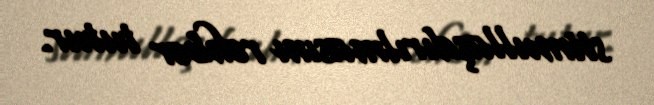
stimullaşdırılmasını rəhbər tutur.